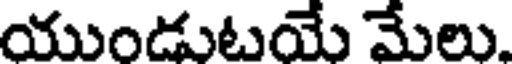
యుండుటయే మేలు.